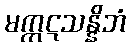
မက္ကဋသန္နိဘံ